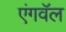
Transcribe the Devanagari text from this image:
एंगवॅल